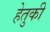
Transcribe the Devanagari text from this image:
हेतुकी